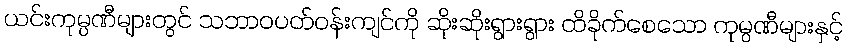
ယင်းကုမ္ပဏီများတွင် သဘာဝပတ်ဝန်းကျင်ကို ဆိုးဆိုးရွားရွား ထိခိုက်စေသော ကုမ္ပဏီများနှင့်